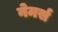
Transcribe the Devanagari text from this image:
नेमर्स